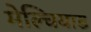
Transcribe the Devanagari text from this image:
मेल्चियाड